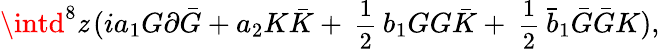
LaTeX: \intd^{8}\mathit{z}\, (ia_{1}G\partial\bar{{G}}+a_{2}K\bar{{K}}+{\mathrm{{\small{~\frac{1}{2}~}}}}b_{1}GG\bar{{K}}+{\mathrm{{\small{~\frac{1}{2}~}}}}\bar{{b}}_{1}\bar{{G}}\bar{{G}}K),